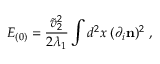
{ \cal E } _ { ( 0 ) } = { \frac { { \tilde { v } _ { 2 } } ^ { 2 } } { 2 { \lambda _ { 1 } } } } \int d ^ { 2 } x \; ( \partial _ { i } { \bf n } ) ^ { 2 } \ ,